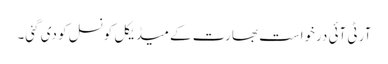
آر ٹی آئی درخواست بھارت کے میڈیکل کونسل کو دی گئی۔